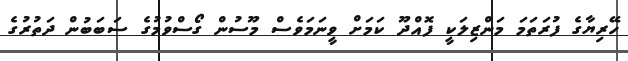
ހޭރިޔާގެ ފުރަތަމަ މަންޒިލަކީ ފޮއްދޫ ކަމަށް ވީނަމަވެސް މޫސުން ގޯސްވުމުގެ ސަބަބުން ދަތުރުގެ